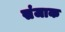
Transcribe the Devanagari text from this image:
संजाक